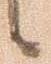
候